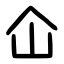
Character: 仚